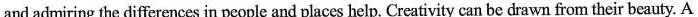
and admiring the differences in people and places help. Creativity can be drawn from their beauty. A